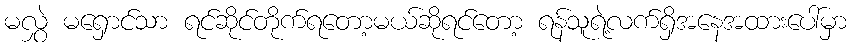
မလွှဲ မရှောင်သာ ရင်ဆိုင်တိုက်ရတော့မယ်ဆိုရင်တော့ ရန်သူရဲ့လက်ရှိအနေအထားပေါ်မှာ